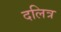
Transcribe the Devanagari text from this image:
दलित्र